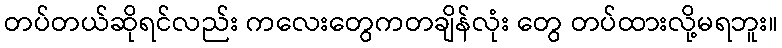
တပ်တယ်ဆိုရင်လည်း ကလေးတွေကတချိန်လုံး တွေ တပ်ထားလို့မရဘူး။